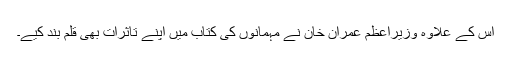
اس کے علاوہ وزیراعظم عمران خان نے مہمانوں کی کتاب میں اپنے تاثرات بھی قلم بند کیے۔